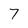
Character: 7